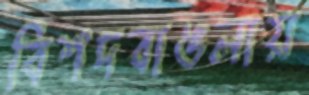
বিশদবাঙলায়